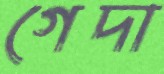
গেদা